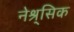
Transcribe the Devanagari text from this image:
नेश्र्सिक